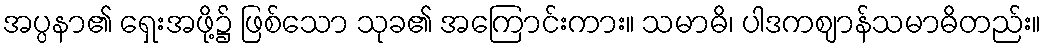
အပ္ပနာ၏ ရှေးအဖို့၌ ဖြစ်သော သုခ၏ အကြောင်းကား။ သမာဓိ၊ ပါဒကဈာန်သမာဓိတည်း။